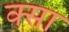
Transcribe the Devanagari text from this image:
क्सा